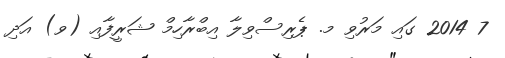
7 2014 ގައި މަރުވި މ. ޕެރިސްވިލާ އިބްރާހިމް ޝަރީފާއި (ވ) އަދި